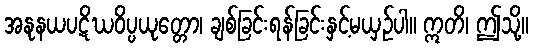
အနုနယပဋိဃဝိပ္ပယုတ္တော၊ ချစ်ခြင်းရန်ခြင်းနှင့်မယှဉ်ပါ။ ဣတိ၊ ဤသို့။